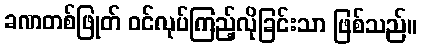
ခဏတစ်ဖြုတ် ဝင်လုပ်ကြည့်လိုခြင်းသာ ဖြစ်သည်။